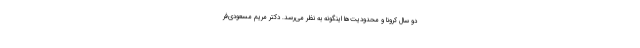
دو سالِ کرونا و محدودیت‌ها اینگونه به نظر می‌رسد. دکتر مریم مسعودی‌فر